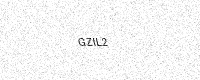
Text: GZIL2